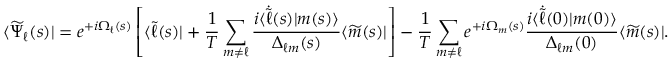
\langle \widetilde { \Psi } _ { \ell } ( s ) | = e ^ { + i \Omega _ { \ell } ( s ) } \left[ \langle \widetilde { \ell } ( s ) | + \frac { 1 } { T } \sum _ { m \neq \ell } \frac { i \langle \dot { \widetilde { \ell } } ( s ) | m ( s ) \rangle } { \Delta _ { \ell m } ( s ) } \langle \widetilde { m } ( s ) | \right] - \frac { 1 } { T } \sum _ { m \neq \ell } e ^ { + i \Omega _ { m } ( s ) } \frac { i \langle \dot { \widetilde { \ell } } ( 0 ) | m ( 0 ) \rangle } { \Delta _ { \ell m } ( 0 ) } \langle \widetilde { m } ( s ) | .